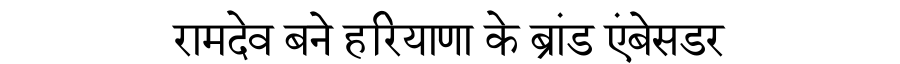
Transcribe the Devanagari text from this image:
रामदेव बने हरियाणा के ब्रांड एंबेसडर